Lunatic asylums Bombay report 1891-1903 - 1891-1903
Year: 1891
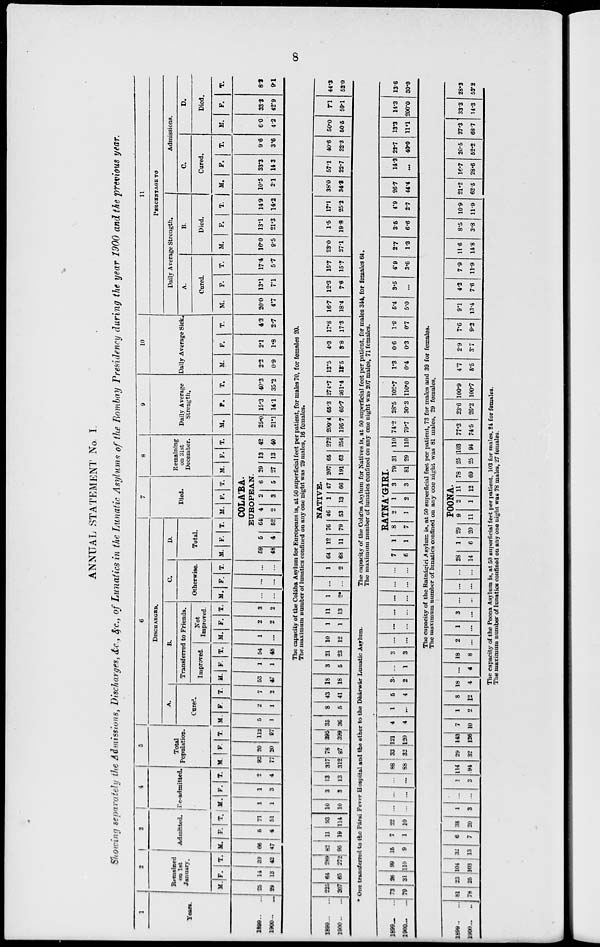
8
ANNUAL STATEMENT No. I.
Showing separately the Admissions, Discharges, &c., &c., of Lunatics in the Lunatic Asylums of the Bombay Presidency during the year 1900 and the previous year.
1
Years.
1899 ... ...
1900 ... ...
2
Remained
on 1st
January.
M.
25
29
F.
14
13
T.
39
42
3
Admitted.
M.
66
47
F.
5
4
T.
71
51
4
Re-admitted.
M.
1
1
F.
1
3
T.
2
4
5
Total
Population.
M.
92
77
F.
20
20
T.
112
97
6
DISCHARGED.
A.
Cured.
M.
5
1
F.
2
1
T.
7
2
B.
Transferred to Friends.
Improved.
M.
53
47
F.
1
1
T.
54
48
Not
Improved.
M.
1
...
F.
2
2
T.
3
2
C.
Otherwise.
M.
...
...
F.
...
...
T.
...
...
D.
Total.
M. F. T.
7
Died.
M. F. T.
8
Remaining
on 31st
December.
M. F. T.
COLA'BA.
EUROPEAN.
59
48
5
4
64
52
4
2
2
3
6
5
29
27
13
13
42
40
9
Daily Average
Strength.
M.
25.0
21.1
F.
15.3
14.1
T.
40.3
35.2
10
Daily Average Sick.
M.
2.2
0.9
F.
2.1
1.8
T.
4.3
2.7
11
PERCENTAGE TO
Daily Average Strength.
A.
Cured.
M.
20.0
4.7
F.
13.1
7.1
T.
17.4
5.7
B.
Died.
M.
16.0
9.5
F.
13.1
21.3
T.
14.9
14.2
Admissions.
C.
Cured.
M.
10.5
2.1
F.
33.3
14.3
T.
9.6
3.6
D.
Died.
M.
6.0
4.2
F.
33.3
42.9
T.
8.2
9.1
The capacity of the Colába Asylum for Europeans is, at 50 superficial feet per patient, for males 70, for females 20.
The maximum number of lunatics confined on any one night was 29 males, 16 females.
1899 ... ...
1900 ... ...
225
207
64
65
289
272
82
95
11
19
93
114
10
10
3
3
13
13
317
312
78
87
395
399
35
36
8
5
43
41
18
18
3
5
21
23
10
12
1
1
11
13
1
2*
...
...
1
2
NATIVE.
64
68
12
11
76
79
46
53
1
13
47
66
207
191
65
63
272
254
209.4
195.7
65.3
65.7
274.7
261.4
13.5
13.5
4.3
3.8
17.8
17.3
16.7
18.4
12.3
7.6
15.7
15.7
23.0
27.1
1.5
19.8
17.1
25.2
38.0
34.3
57.1
22.7
40.6
32.3
50.0
50.5
7.1
59.1
44.3
52.0
* One transferred to the Pársi Fever Hospital and the ether to the Dhárwár Lunatic Asylum.
The capacity of the Colába Asylum for Natives is, at 50 superficial feet per patient, for males 344, for females 64.
The maximum number of lunatics confined on any one night was 207 males, 71 females.
1899 ... ...
1900 ... ...
73
79
26
31
99
110
15
9
7
1
22
10
...
...
...
...
....
...
88
88
33
32
121
120
4
4
1
...
5
4
3
2
...
1
3
3
...
...
...
...
...
...
...
...
...
...
...
...
RATNA'GIRI
7
6
1
1
8
7
2
1
1
2
3
3
79
81
31
29
110
110
74.2
79.7
28.5
30.3
102.7
110.0
1.3
0.4
0.6
0.3
1.9
0.7
5.4
5.0
3.5
...
4.9
3.6
2.7
1.3
3.5
6.6
4.9
2.7
26.7
44.4
14.3
...
22.7
40.0
13.3
11.1
14.3
200.0
13.6
30.0
The capacity of the Ratnágiri Asylum is, at 50 superficial feet per patient, 73 for males and 39 for females.
The maximum number of lunatics confined on any one night was 81 males, 29 females.
1899 ... ...
1900 ... ...
81
78
23
25
104
103
32
13
6
7
38
20
1
3
...
...
1
3
114
94
29
32
143
126
7
10
1
2
8
12
18
4
...
4
18
8
2
...
1
...
3
...
...
...
...
...
...
...
28
14
1
6
29
20
POONA
9
11
2
1
11
12
78
69
25 103
25 94
77.3
74.5
23.6
26.2
100.9
100.7
4.7
5.5
2.9
3.7
7.6
9.2
9.1
13.4
4.2
7.6
7.9
11.9
11.6
14.8
8.5
3.8
10.9
11.9
21.2
62.5
10.7
28.6
20.5
52.2
27.3
68.7
33.3
14.3
28.2
52.2
The capacity of the Poona Asylum is, at 50 superficial feet per patient, 103 for males, 24 for females.
The maximum number of lunatics confined on any one night was 78 males, 27 females.